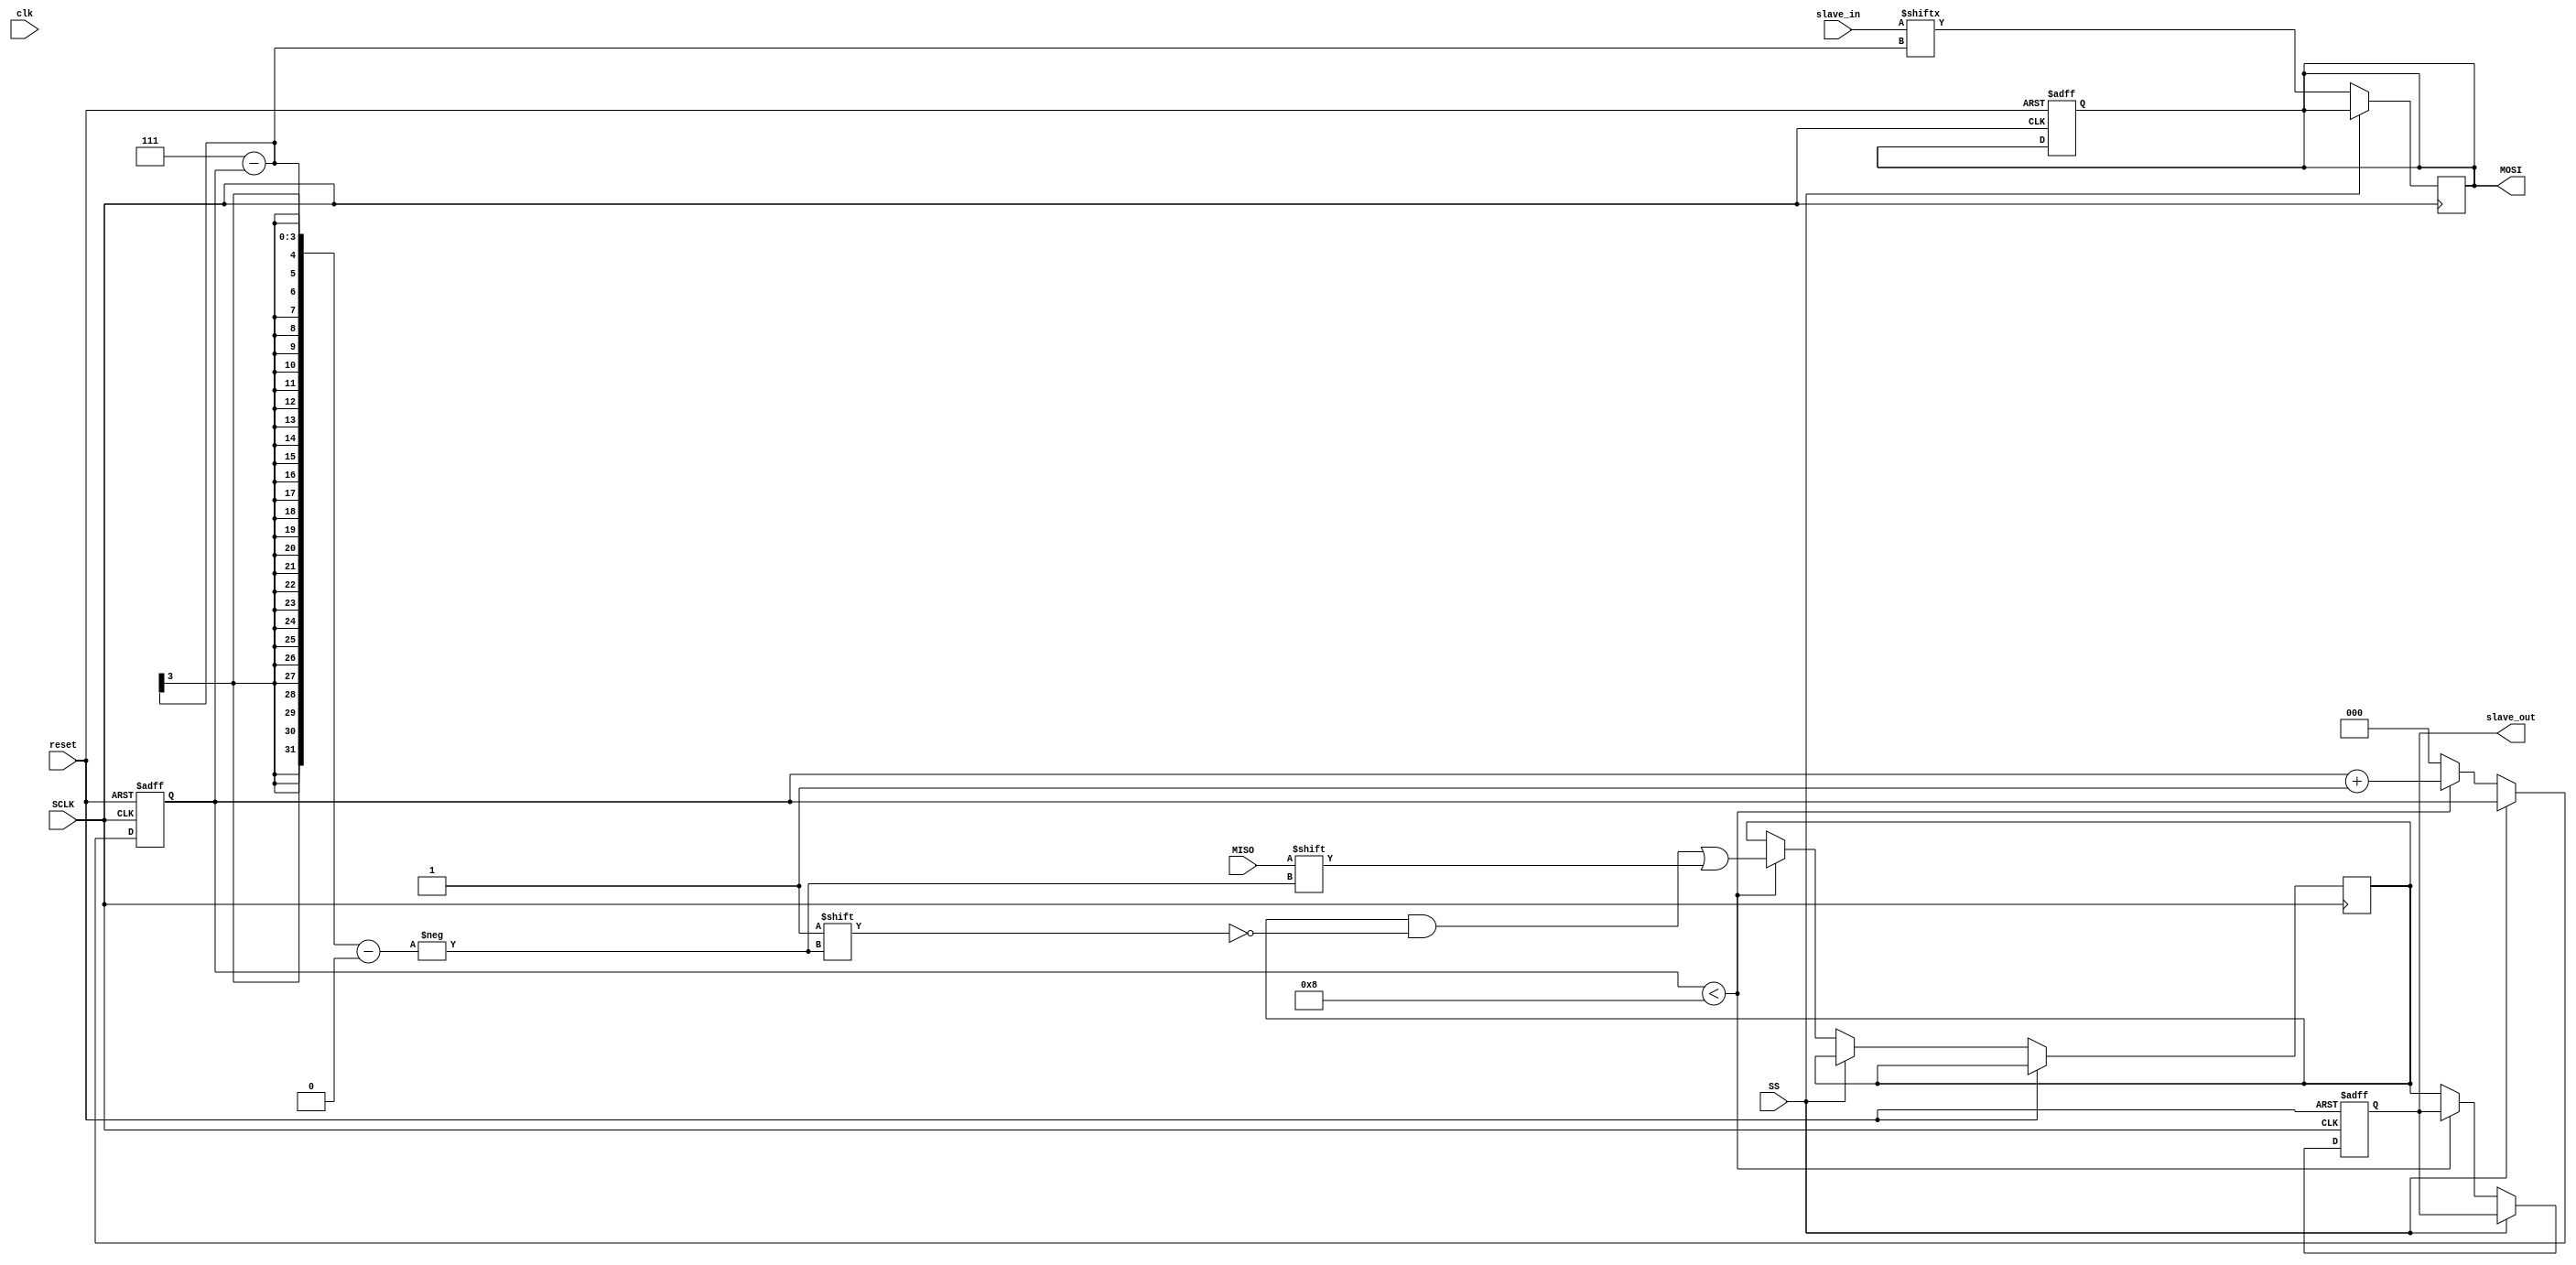
module spi_slave(
    input clk,
    input reset,
    input MISO, // Master In Slave Out
    output reg MOSI, // Master Out Slave In
    input SCLK, // Serial Clock
    input SS, // Slave Select
    output reg [7:0] slave_out,
    input [7:0] slave_in
);
    reg [2:0] bit_count;
    reg [7:0] shift_reg;

    always @(posedge SCLK or posedge reset) begin
        if (reset) begin
            bit_count <= 0;
            slave_out <= 0;
            MOSI <= 1;
        end else if (!SS) begin
            if (bit_count < 8) begin
                shift_reg[7-bit_count] <= MISO;
                bit_count <= bit_count + 1;
            end else begin
                bit_count <= 0;
                slave_out <= shift_reg; // Capture the received data
            end
        end
    end

    always @(negedge SCLK) begin
        if (!SS) MOSI <= slave_in[7-bit_count]; // Send out next bit
    end
endmodule